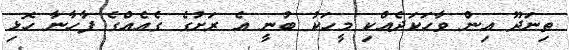
ތިނަދޫ އިން ވާހަކަދެއްކި މީހަކު ބުނީ އެ ރަށުގެ ގެއެއްގެ ފާހާނާ ހޮޅި